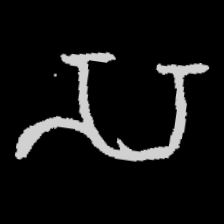
Pyu character \u2014 Myanmar letter: သ (romanized: sa)